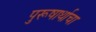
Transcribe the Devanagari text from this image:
पुरूषार्थाचा